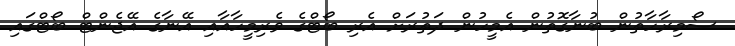
ސޯމިރާހާތުން ބުނާގޮތުން އެމީހުން ދަތުރަށް އެރި ބޯޓްގެ ވެރިމީހާއާއި އޭނާގެ އޭޖެންޓް ބޯޓްގައި